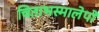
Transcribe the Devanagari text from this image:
चिताभस्मालेपो